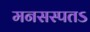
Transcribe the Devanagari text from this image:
मनसस्पतऽ